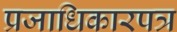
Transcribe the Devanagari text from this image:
प्रजाधिकारपत्र